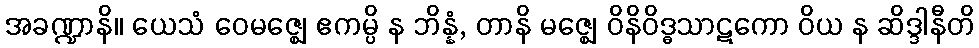
အခဏ္ဍာနိ။ ယေသံ ဝေမဇ္ဈေ ဧကမ္ပိ န ဘိန္နံ, တာနိ မဇ္ဈေ ဝိနိဝိဒ္ဓသာဋကော ဝိယ န ဆိဒ္ဒါနီတိ